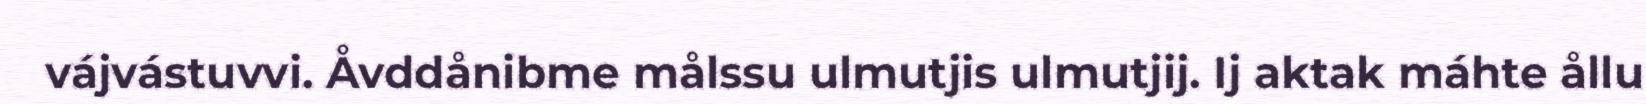
vájvástuvvi. Åvddånibme målssu ulmutjis ulmutjij. Ij aktak máhte ållu